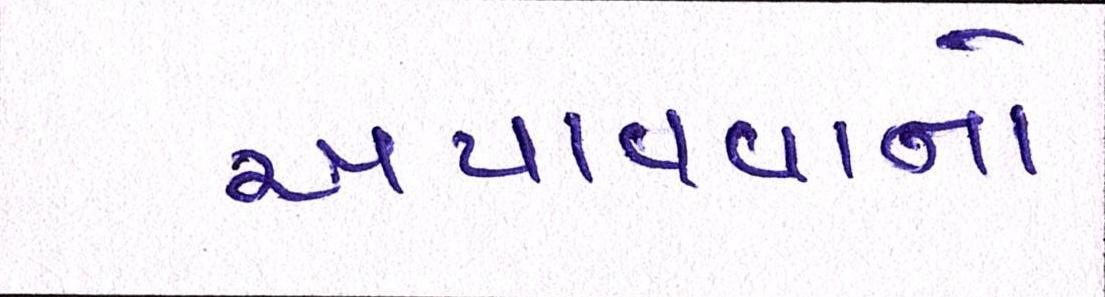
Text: અપાવવાનો